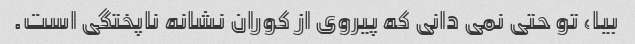
بیا، تو حتی نمی دانی که پیروی از کوران نشانه ناپختگی است.